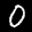
Label: 0